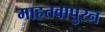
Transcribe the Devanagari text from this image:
माहतवापुरन